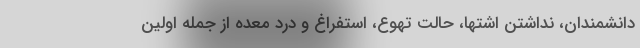
دانشمندان، نداشتن اشتها، حالت تهوع، استفراغ و درد معده از جمله اولین